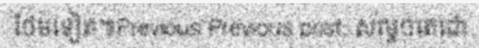
ថែមទៀត៕Previous Previous post: សម្តេចតេជោ